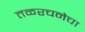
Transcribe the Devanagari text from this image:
तळरचनेचा